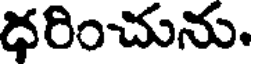
ధరించును.